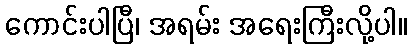
ကောင်းပါပြီ၊ အရမ်း အရေးကြီးလို့ပါ။